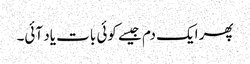
پھر ایک دم جیسے کوئی بات یاد آئی۔